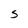
Character: S